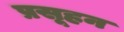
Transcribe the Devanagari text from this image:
प्रसूहन